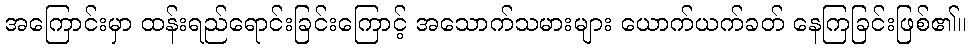
အကြောင်းမှာ ထန်းရည်ရောင်းခြင်းကြောင့် အသောက်သမားများ ယောက်ယက်ခတ် နေကြခြင်းဖြစ်၏။